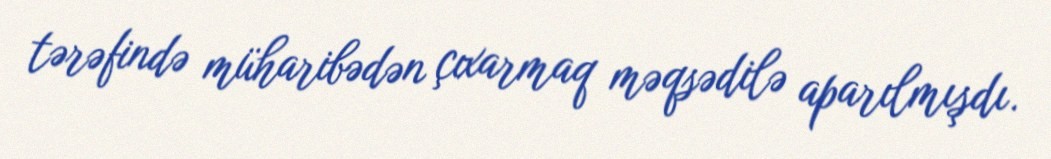
tərəfində müharibədən çıxarmaq məqsədilə aparılmışdı.